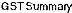
GST SUMMARY